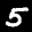
Label: 5